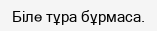
Біле тұра бұрмаса.